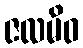
ဇလမိဝ